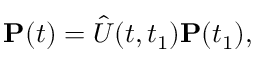
\mathbf { P } ( t ) = \hat { U } ( t , t _ { 1 } ) \mathbf { P } ( t _ { 1 } ) ,